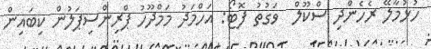
ހުޅުމާލޭ ރެހެންދި ސްކޫލް  ވަގުތު ފޮޓޯ: އަހްމަދު މަމްދޫހު ޕްރިންސިޕަލުން ކިބައިން